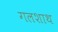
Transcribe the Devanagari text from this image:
गलशाथ